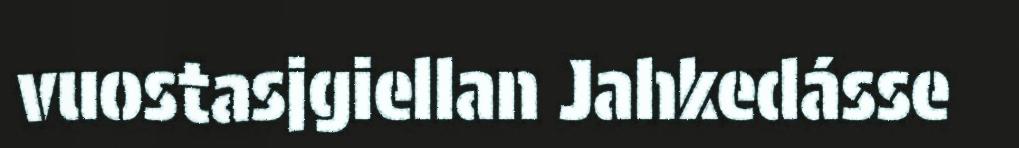
vuostasjgiellan Jahkedásse